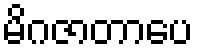
မိဂဇာတာပေ